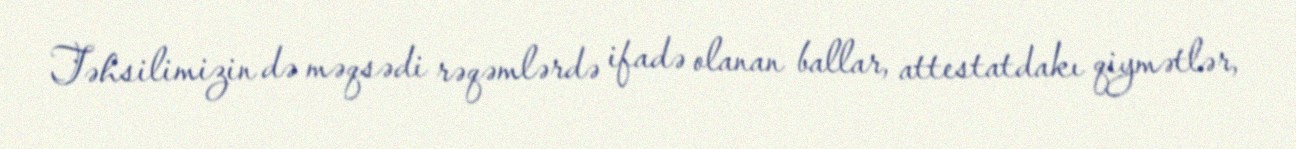
Təhsilimizin də məqsədi rəqəmlərdə ifadə olanan ballar, attestatdakı qiymətlər,